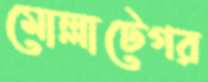
মোল্লাটেগর